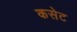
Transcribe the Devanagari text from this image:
कसेट